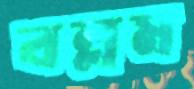
বল্লম